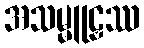
အသမ္မူဠှဿ